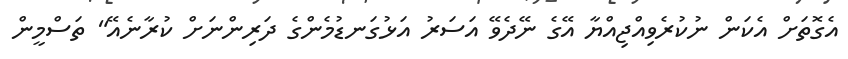
އެގޮތަށް އެކަން ނުކުރެވިއްޖިއްޔާ އޭގެ ނޭދެވޭ އަސަރު އަޅުގަނޑުމެންގެ ދަރިންނަށް ކުރާނެއޭ" ތަސްމީން